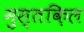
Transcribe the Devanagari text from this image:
मुस्तक़िल